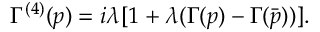
\Gamma ^ { ( 4 ) } ( p ) = i \lambda [ 1 + \lambda ( \Gamma ( p ) - \Gamma ( \bar { p } ) ) ] .